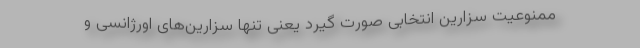
ممنوعیت سزارین انتخابی صورت گیرد یعنی تنها سزارین‌های اورژانسی و